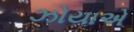
ઝોયાએ